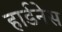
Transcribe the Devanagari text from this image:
हार्डनेस